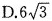
D.6 \sqrt{3}